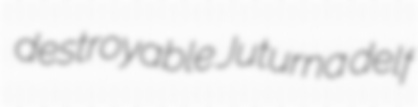
destroyable Juturna delf